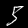
Digit: 5